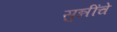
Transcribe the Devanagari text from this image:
सुन्नींचे